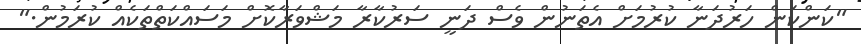
"ކަންކަން ހަރުދަނާ ކުރުމަށް އެތަނުން ވެސް ދަނީ ސަރުކާރާ މަޝްވަރާކޮށް މަސައްކަތްތަކެއް ކުރަމުން."